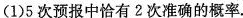
(1)5次预报中恰有2次准确的概率.